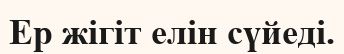
Ер жігіт елін сүйеді.